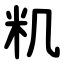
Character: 籶